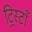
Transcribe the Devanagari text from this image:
ट्रिस्टाँ